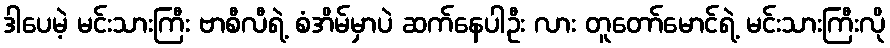
ဒါပေမဲ့ မင်းသားကြီး ဗာစီလီရဲ့ စံအိမ်မှာပဲ ဆက်နေပါဦး လား တူတော်မောင်ရဲ့ မင်းသားကြီးလို